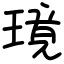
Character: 璄